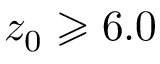
z _ { \mathrm { 0 } } \geqslant 6 . 0